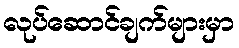
လုပ်ဆောင်ချက်များမှာ